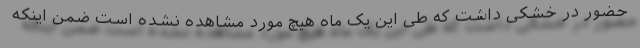
حضور در خشکی داشت که طی این یک ماه هیچ مورد مشاهده نشده است ضمن اینکه